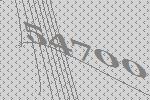
54700